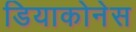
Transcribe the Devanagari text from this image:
डियाकोनेस